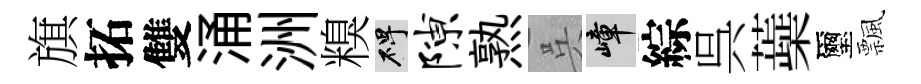
旗拓雙涌洲糗碑隙熟呉嶂綜呉蘃璽飄